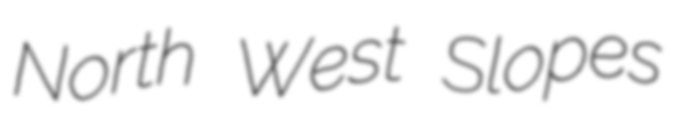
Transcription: North West Slopes